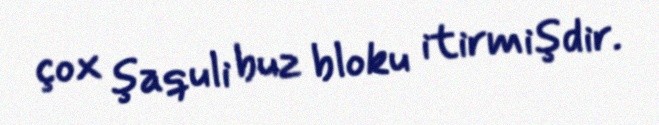
çox şaquli buz bloku itirmişdir.